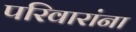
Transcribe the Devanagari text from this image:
परिवारांना